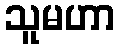
သူမဟာ